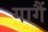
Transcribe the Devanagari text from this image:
गागैं